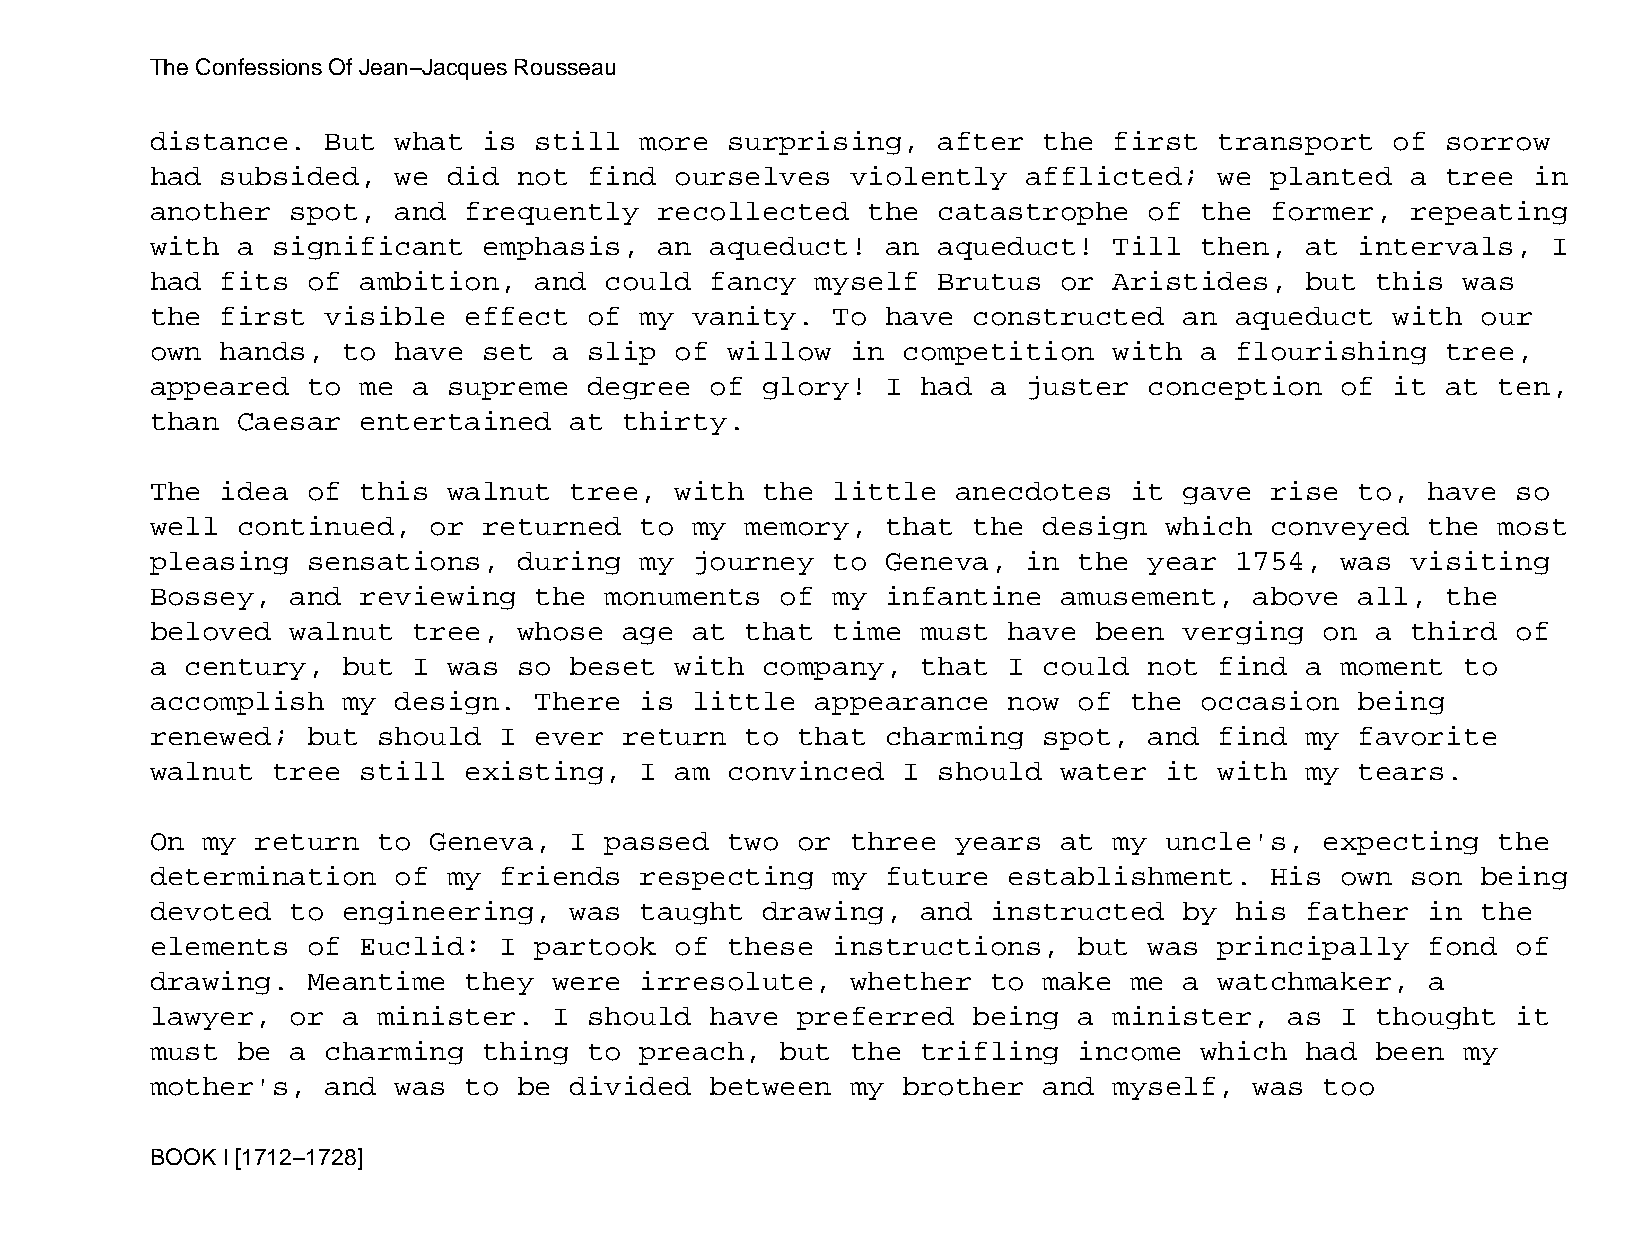
The Confessions Of Jean−Jacques Rousseau
 distance.   But what  is still  more  surprising,   after  the  first  transport  of  sorrow
 had  subsided,  we  did not  find  ourselves  violently   afflicted;   we planted  a  tree in
 another  spot,  and  frequently   recollected  the  catastrophe   of the  former,  repeating
 with  a significant   emphasis,   an aqueduct!   an aqueduct!   Till then,  at  intervals,   I
 had  fits of  ambition,  and  could  fancy  myself  Brutus  or  Aristides,  but  this  was
 the  first  visible  effect  of my  vanity.  To  have constructed   an  aqueduct  with  our
 own  hands,  to have  set  a slip  of willow  in  competition   with a  flourishing   tree,
 appeared  to  me a  supreme  degree  of glory!   I had  a juster  conception   of it  at ten,
 than  Caesar  entertained   at thirty.
 The  idea of  this  walnut  tree,  with the  little  anecdotes   it gave  rise  to,  have so
 well  continued,  or  returned  to  my memory,   that the  design  which  conveyed   the most
 pleasing  sensations,   during  my  journey  to  Geneva,  in the  year  1754,  was visiting
 Bossey,  and  reviewing  the  monuments   of my  infantine  amusement,   above  all,  the
 beloved  walnut  tree,  whose  age  at that  time  must  have been  verging   on a third  of
 a century,   but I  was so  beset  with company,   that  I could  not  find a  moment  to
 accomplish   my design.  There  is  little  appearance   now of  the occasion   being
 renewed;  but  should  I ever  return  to  that  charming  spot,  and  find my  favorite
 walnut  tree  still  existing,  I  am convinced   I should  water  it  with my  tears.
 On my  return  to Geneva,   I passed  two  or three  years  at  my uncle's,   expecting  the
 determination   of  my friends  respecting   my  future  establishment.   His  own son  being
 devoted  to  engineering,   was taught  drawing,   and  instructed  by  his father   in the
 elements  of  Euclid:  I partook   of these  instructions,   but  was  principally   fond of
 drawing.  Meantime   they  were irresolute,   whether   to make  me a  watchmaker,   a
 lawyer,  or  a minister.   I should  have  preferred  being  a  minister,  as  I thought  it
 must  be a  charming  thing  to preach,   but the  trifling  income  which  had  been  my
 mother's,   and was  to be  divided  between  my  brother  and  myself,  was  too
 BOOK I [1712−1728]